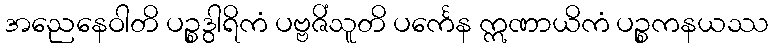
အညေနေဝါတိ ပဉ္စဒွါရိကံ ပဗ္ဗဇိံသူတိ ပင်္ကေန ဣဏာယိကံ ပဉ္စကနယဿ